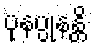
ပုနပ္ပုနန္တိ